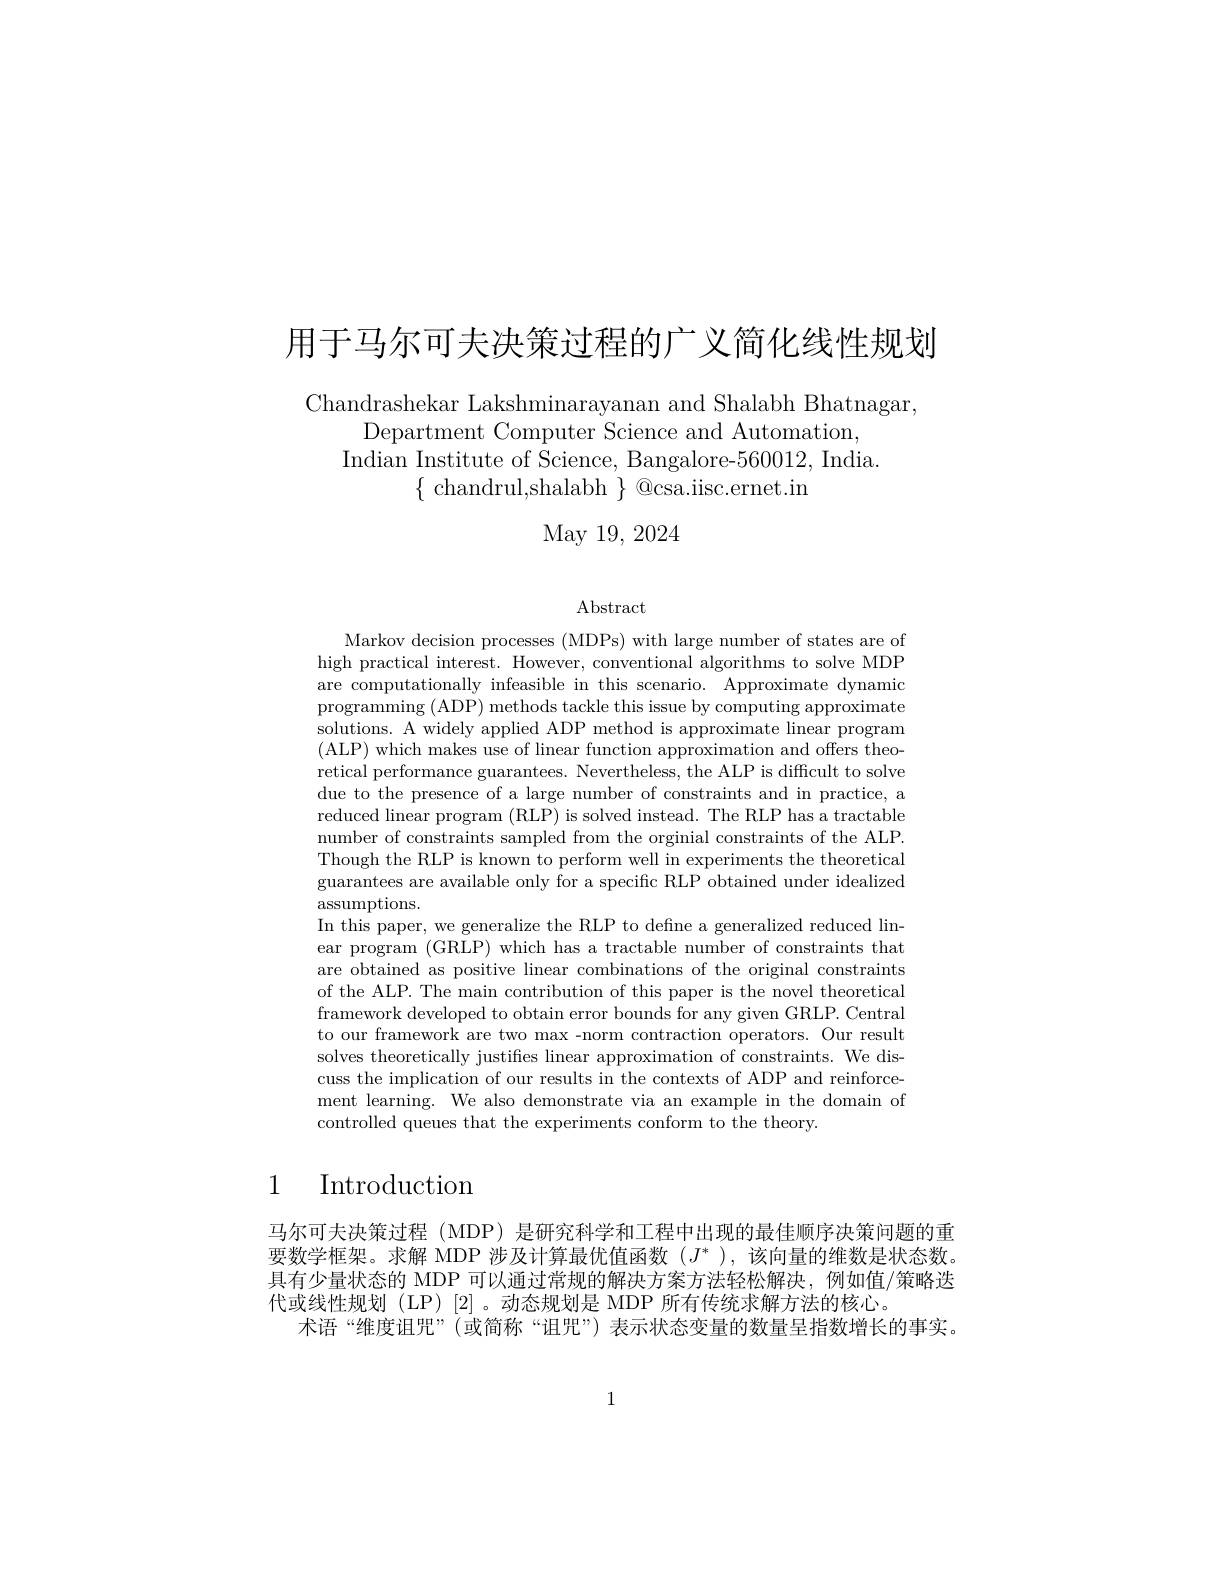
用于马尔可夫决策过程的广义简化线性规划

Chandrashekar Lakshminarayanan and Shalabh Bhatnagar,
Department Computer Science and Automation,
Indian Institute of Science, Bangalore-560012, India
$\{\begin{array}{c}{\text{chandrul,shalabh}}\\\end{array}\}\begin{array}{c}{\text{Qcsa.iisc.ernet.in}}\\\end{array}$
May 19, 2024

Abstract

Markov decision processes (MDPs) with large number of states are of high practical interest. However, conventional algorithms to solve MDP are computationally infeasible in this scenario. Approximate dynamic programming (ADP) methods tackle this issue by computing approximate solutions. A widely applied ADP method is approximate linear program (ALP) which makes use of linear function approximation and offers theoretical performance guarantees. Nevertheless, the ALP is difficult to solve due to the presence of a large number of constraints and in practice, a reduced linear program (RLP) is solved instead. The RLP has a tractable number of constraints sampled from the orginial constraints of the ALP. Though the RLP is known to perform well in experiments the theoretical guarantees are available only for a specific RLP obtained under idealized $\operatorname{assumptions}.$
In this paper, we generalize the RLP to defne a generalized reduced linear program (GRLP) which has a tractable number of constraints that are obtained as positive linear combinations of the original constraints of the ALP. The main contribution of this paper is the novel theoretical framework developed to obtain error bounds for any given GRLP. Central to our framework are two max -norm contraction operators. Our result solves theoretically justifes linear approximation of constraints. We discuss the implication of our results in the contexts of ADP and reinforcement learning. We also demonstrate via an example in the domain of controlled queues that the experiments conform to the theory.

# 1 Introduction

马尔可夫决策过程 (MDP) 是研究科学和工程中出现的最佳顺序决策问题的重要数学框架。求解 MDP 涉及计算最优值函数$(J^*)$,该向量的维数是状态数。具有少量状态的 MDP 可以通过常规的解决方案方法轻松解决，例如值/策略迭代或线性规划 (LP) [2] 。动态规划是 MDP 所有传统求解方法的核心。
术语“维度诅咒”(或简称“诅咒”) 表示状态变量的数量呈指数增长的事实。

1